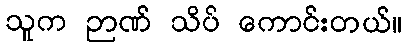
သူက ဉာဏ် သိပ် ကောင်းတယ်။